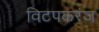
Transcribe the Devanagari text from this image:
विटपकरंज